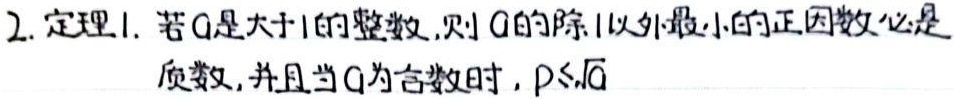
2. 定理1. 若$a$是大于1的整数,则$a$的除1以外最小的正因数必是质数,并且当$a$为合数时,$p\leqslant\sqrt{a}$